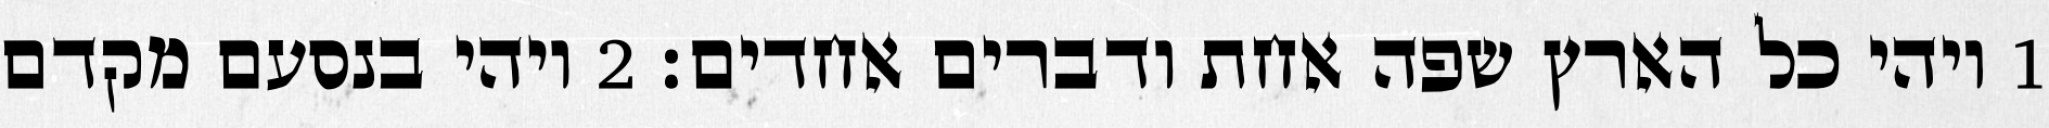
1 ויהי כל הארץ שפה אחת ודברים אחדים׃ ‎2‏ ויהי בנסעם מקדם